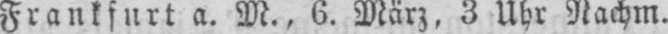
Frankfurt a. M., 6. März, 3 Uhr Nachm.